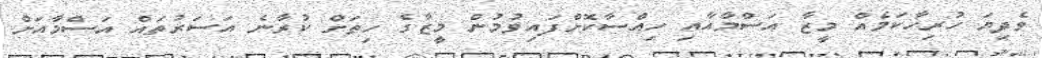
ވެދިޔަ ހުރިހާކަމެއް މީޒާ އަސްމާއާއި ހިއްސާކޮށްފައިވުމުން މީޒާގެ ހިތަށް ކުރާނެ އަސަރުތައް އަސްމާއަށް